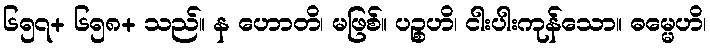
၆၅၇+ ၆၅၈+ သည်။ န ဟောတိ၊ မဖြစ်။ ပဉ္စဟိ၊ ငါးပါးကုန်သော။ ဓမ္မေဟိ၊